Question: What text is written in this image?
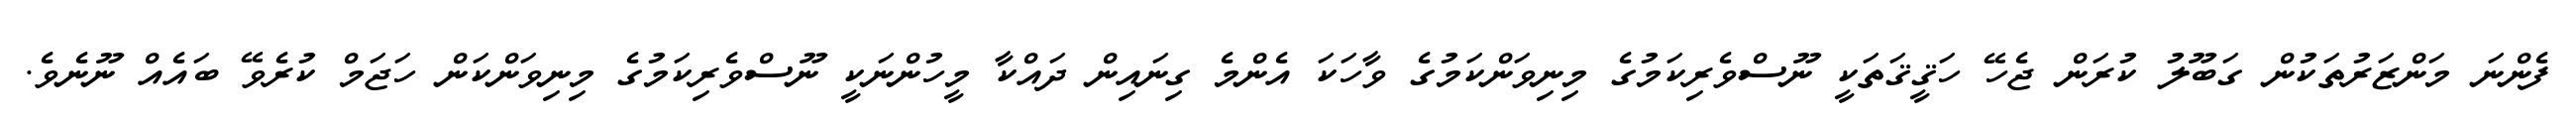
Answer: ފެންނަ މަންޒަރުތަކުން ގަބޫލު ކުރަން ޖެހޭ ހަޤީޤަތަކީ ނޫސްވެރިކަމުގެ މިނިވަންކަމުގެ ވާހަކަ އެންމެ ގިނައިން ދައްކާ މީހުންނަކީ ނޫސްވެރިކަމުގެ މިނިވަންކަން ހަޖަމް ކުރެވޭ ބައެއް ނޫނެވެ.